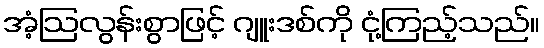
အံ့ဩလွန်းစွာဖြင့် ဂျူးဒစ်ကို ငုံ့ကြည့်သည်။